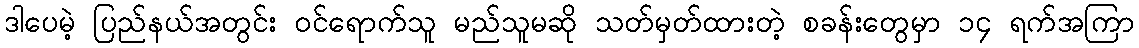
ဒါပေမဲ့ ပြည်နယ်အတွင်း ဝင်ရောက်သူ မည်သူမဆို သတ်မှတ်ထားတဲ့ စခန်းတွေမှာ ၁၄ ရက်အကြာ